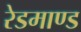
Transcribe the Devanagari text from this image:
रेडमाण्ड